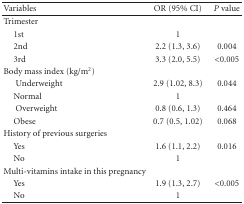
| Variables | OR (95% CI) | P value |
 | --- | --- | --- |
 | Trimester |  |  |
 | 1st | 1 |  |
 | 2nd | 2.2 (1.3, 3.6) | 0.004 |
 | 3rd | 3.3 (2.0, 5.5) | <0.005 |
 | Body mass index (kg/m2) |  |  |
 | Underweight | 2.9 (1.02, 8.3) | 0.044 |
 | Normal | 1 |  |
 | Overweight | 0.8 (0.6, 1.3) | 0.464 |
 | Obese | 0.7 (0.5, 1.02) | 0.068 |
 | History of previous surgeries |  |  |
 | Yes | 1.6 (1.1, 2.2) | 0.016 |
 | No | 1 |  |
 | Multi-vitamins intake in this pregnancy |  |  |
 | Yes | 1.9 (1.3, 2.7) | <0.005 |
 | No | 1 |  |